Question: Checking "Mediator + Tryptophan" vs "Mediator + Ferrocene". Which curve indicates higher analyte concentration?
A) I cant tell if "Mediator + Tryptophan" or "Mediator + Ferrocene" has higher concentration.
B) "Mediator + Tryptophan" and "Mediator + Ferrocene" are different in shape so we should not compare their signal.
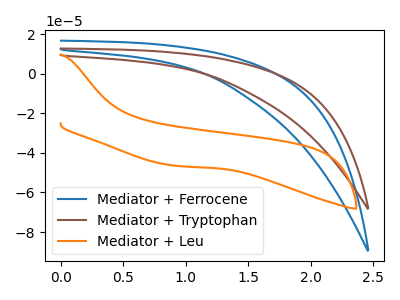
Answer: <think>The blue curve "Mediator + Ferrocene" has no peaks. The brown curve "Mediator + Tryptophan" has no peaks. The orange curve "Mediator + Leu" has no peaks.
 Neither "Mediator + Tryptophan" or "Mediator + Ferrocene" have any peaks.</think>
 <answer>A) I cant tell if "Mediator + Tryptophan" or "Mediator + Ferrocene" has higher concentration.</answer>
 <eval>A</eval>